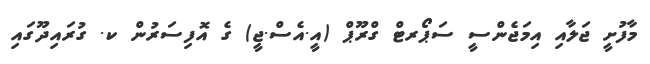
މާފުށީ ޖަލާއި އިމަޖެންސީ ސަޕޯރޓް ގްރޫޕް (އީ.އެސް.ޖީ) ގެ އޮފިސަރުން ކ. ގުރައިދޫގައި